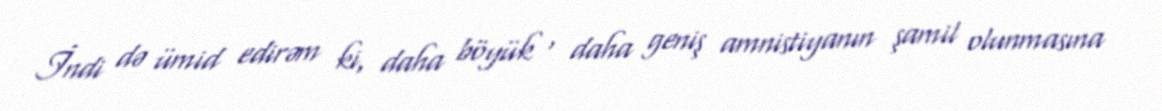
İndi də ümid edirəm ki, daha böyük , daha geniş amnistiyanın şamil olunmasına